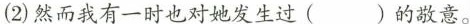
(2)然而我有一时也对她发生过( )的敬意。